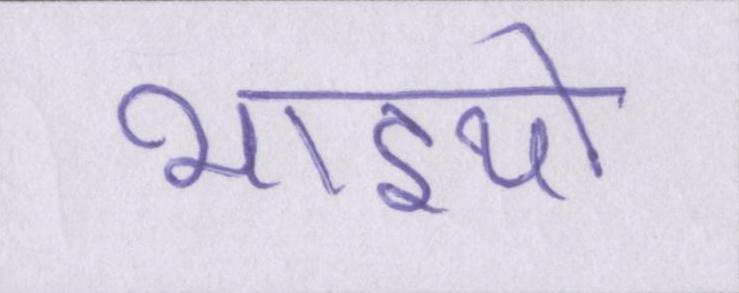
भाइयो